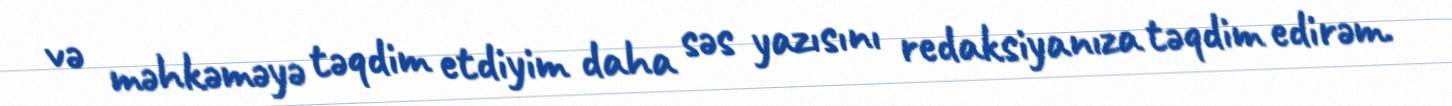
və məhkəməyə təqdim etdiyim daha səs yazısını redaksiyanıza təqdim edirəm.